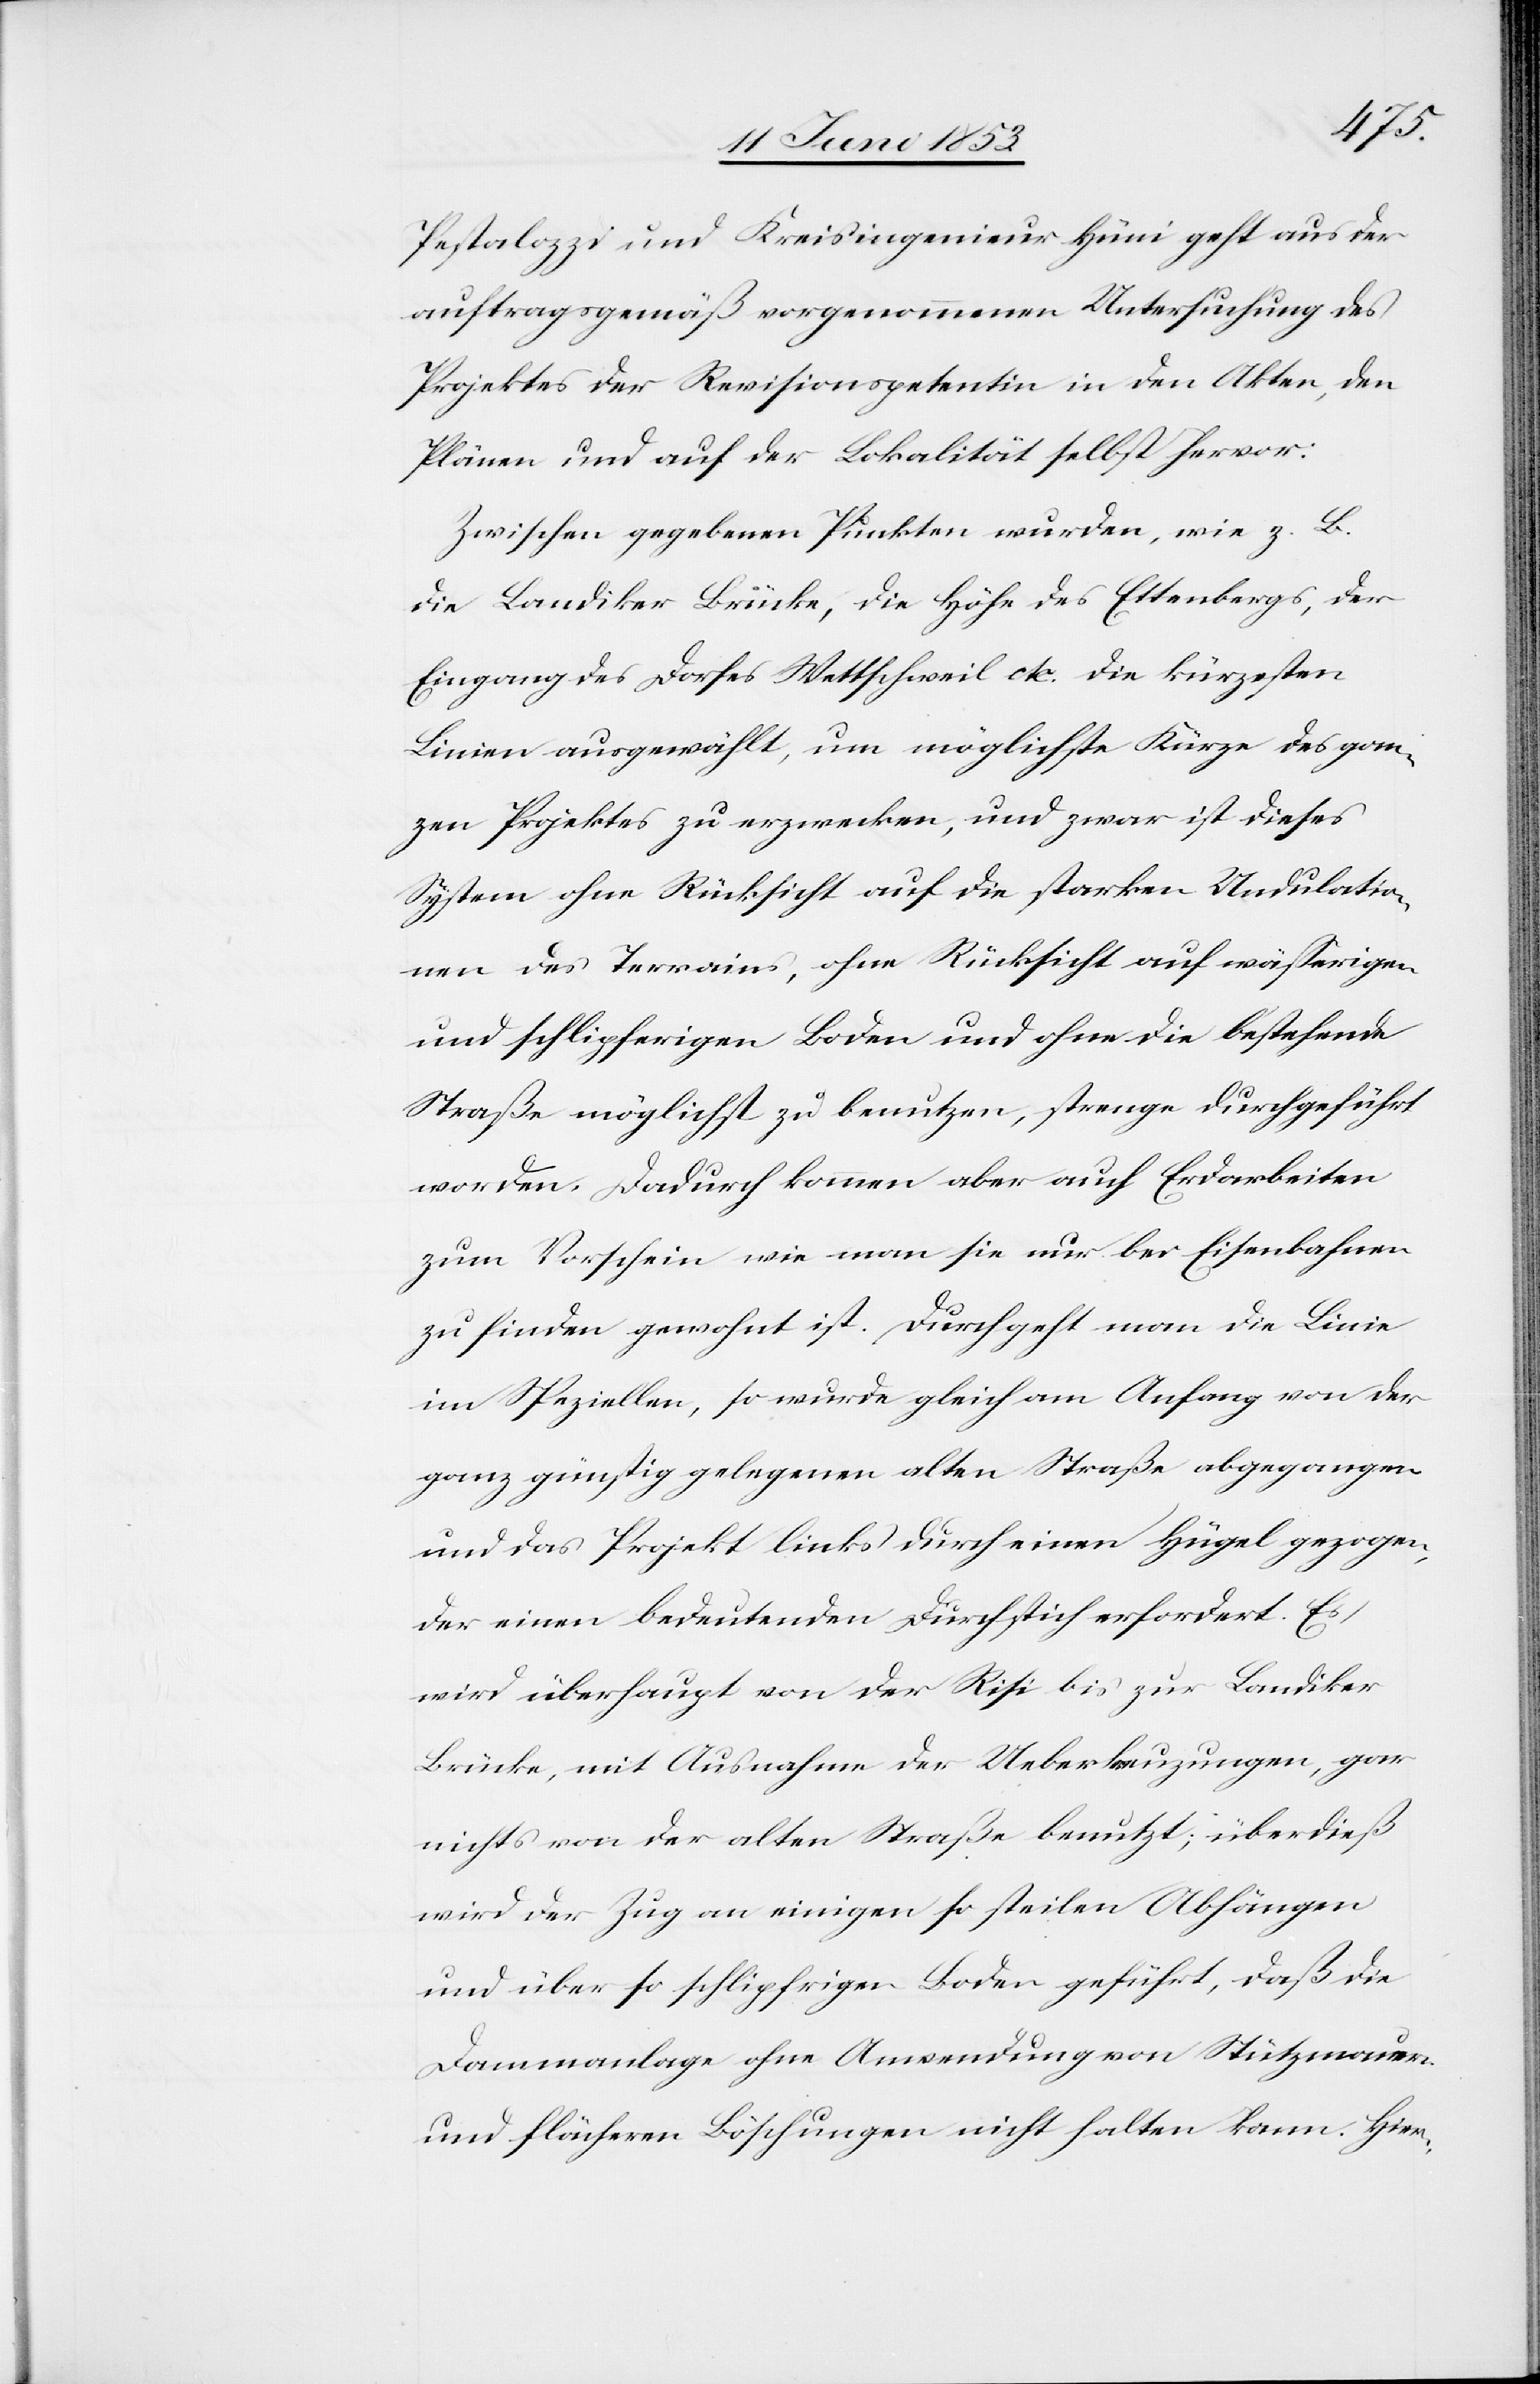
Pestalozzi und Kreisingenieur Hüni geht aus der
auftragsgemäß vorgenommenen Untersuchung des
Projektes der Revisionspetentin in den Akten, den
Plänen und auf der Lokalität selbst hervor:
Zwischen gegebenen Punkten wurden, wie z. B.
die Landiker Brücke, die Höfe des Ettenbergs, der
Eingang des Dorfes Wettschweil etc. die kürzesten
Linien ausgewählt, um möglichste Kürze des gan¬
zen Projektes zu erzwecken, und zwar ist dieses
System ohne Rücksicht auf die starken Undulatio¬
nen des Terrains, ohne Rücksicht auf wäßerigen
und schlipferigen Boden und ohne die bestehende
Straße möglichst zu benutzen, strenge durchgeführt
worden. Dadurch kommen aber auch Erdarbeiten
zum Vorschein wie man sie nur bei Eisenbahnen
zu finden gewohnt ist. Durchgeht man die Linie
im Speziellen, so wurde gleich am Anfang von der
ganz günstig gelegenen alten Straße abgegangen
und das Projekt links durch einen Hügel gezogen,
der einen bedeutenden Durchstich erfordert. Es
wird überhaupt von der Risi bis zur Landiker
Brücke, mit Ausnahme der Ueberkreuzungen, gar
nichts von der alten Straße benutzt; überdieß
wird der Zug an einigen so steilen Abhängen
und über so schlüpfrigen Boden geführt, daß die
Dammanlage ohne Anwendung von Stützmauern
und flächeren Böschungen nicht halten kann. Hier-